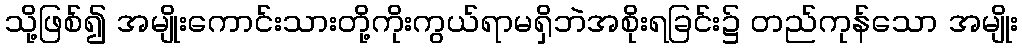
သို့ဖြစ်၍ အမျိုးကောင်းသားတို့ကိုးကွယ်ရာမရှိဘဲအစိုးရခြင်း၌ တည်ကုန်သော အမျိုး